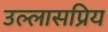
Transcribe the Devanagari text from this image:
उल्लासप्रिय